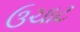
ઉચાટ